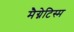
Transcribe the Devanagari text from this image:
मैग्नेटिस्म